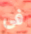
فى